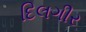
દિલગીર